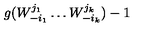
g ( W _ { - i _ { 1 } } ^ { j _ { 1 } } \dots W _ { - i _ { k } } ^ { j _ { k } } ) - 1